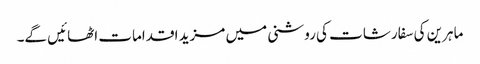
ماہرین کی سفارشات کی روشنی میں مزید اقدامات اٹھائیں گے۔